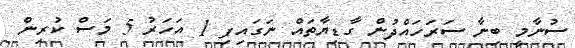
ސުނާމީ ބިނާ ސަރަހައްދުން ގާޑިޔާތައް ނަގައިފި 1 އަހަރު 5 މަސް ކުރިން